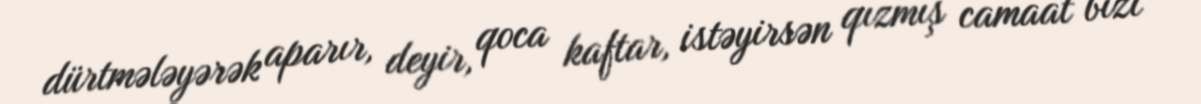
dürtmələyərək aparır, deyir, qoca kaftar, istəyirsən qızmış camaat bizi